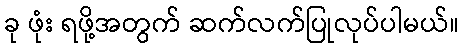
ခု ဖုံး ရဖို့အတွက် ဆက်လက်ပြုလုပ်ပါမယ်။